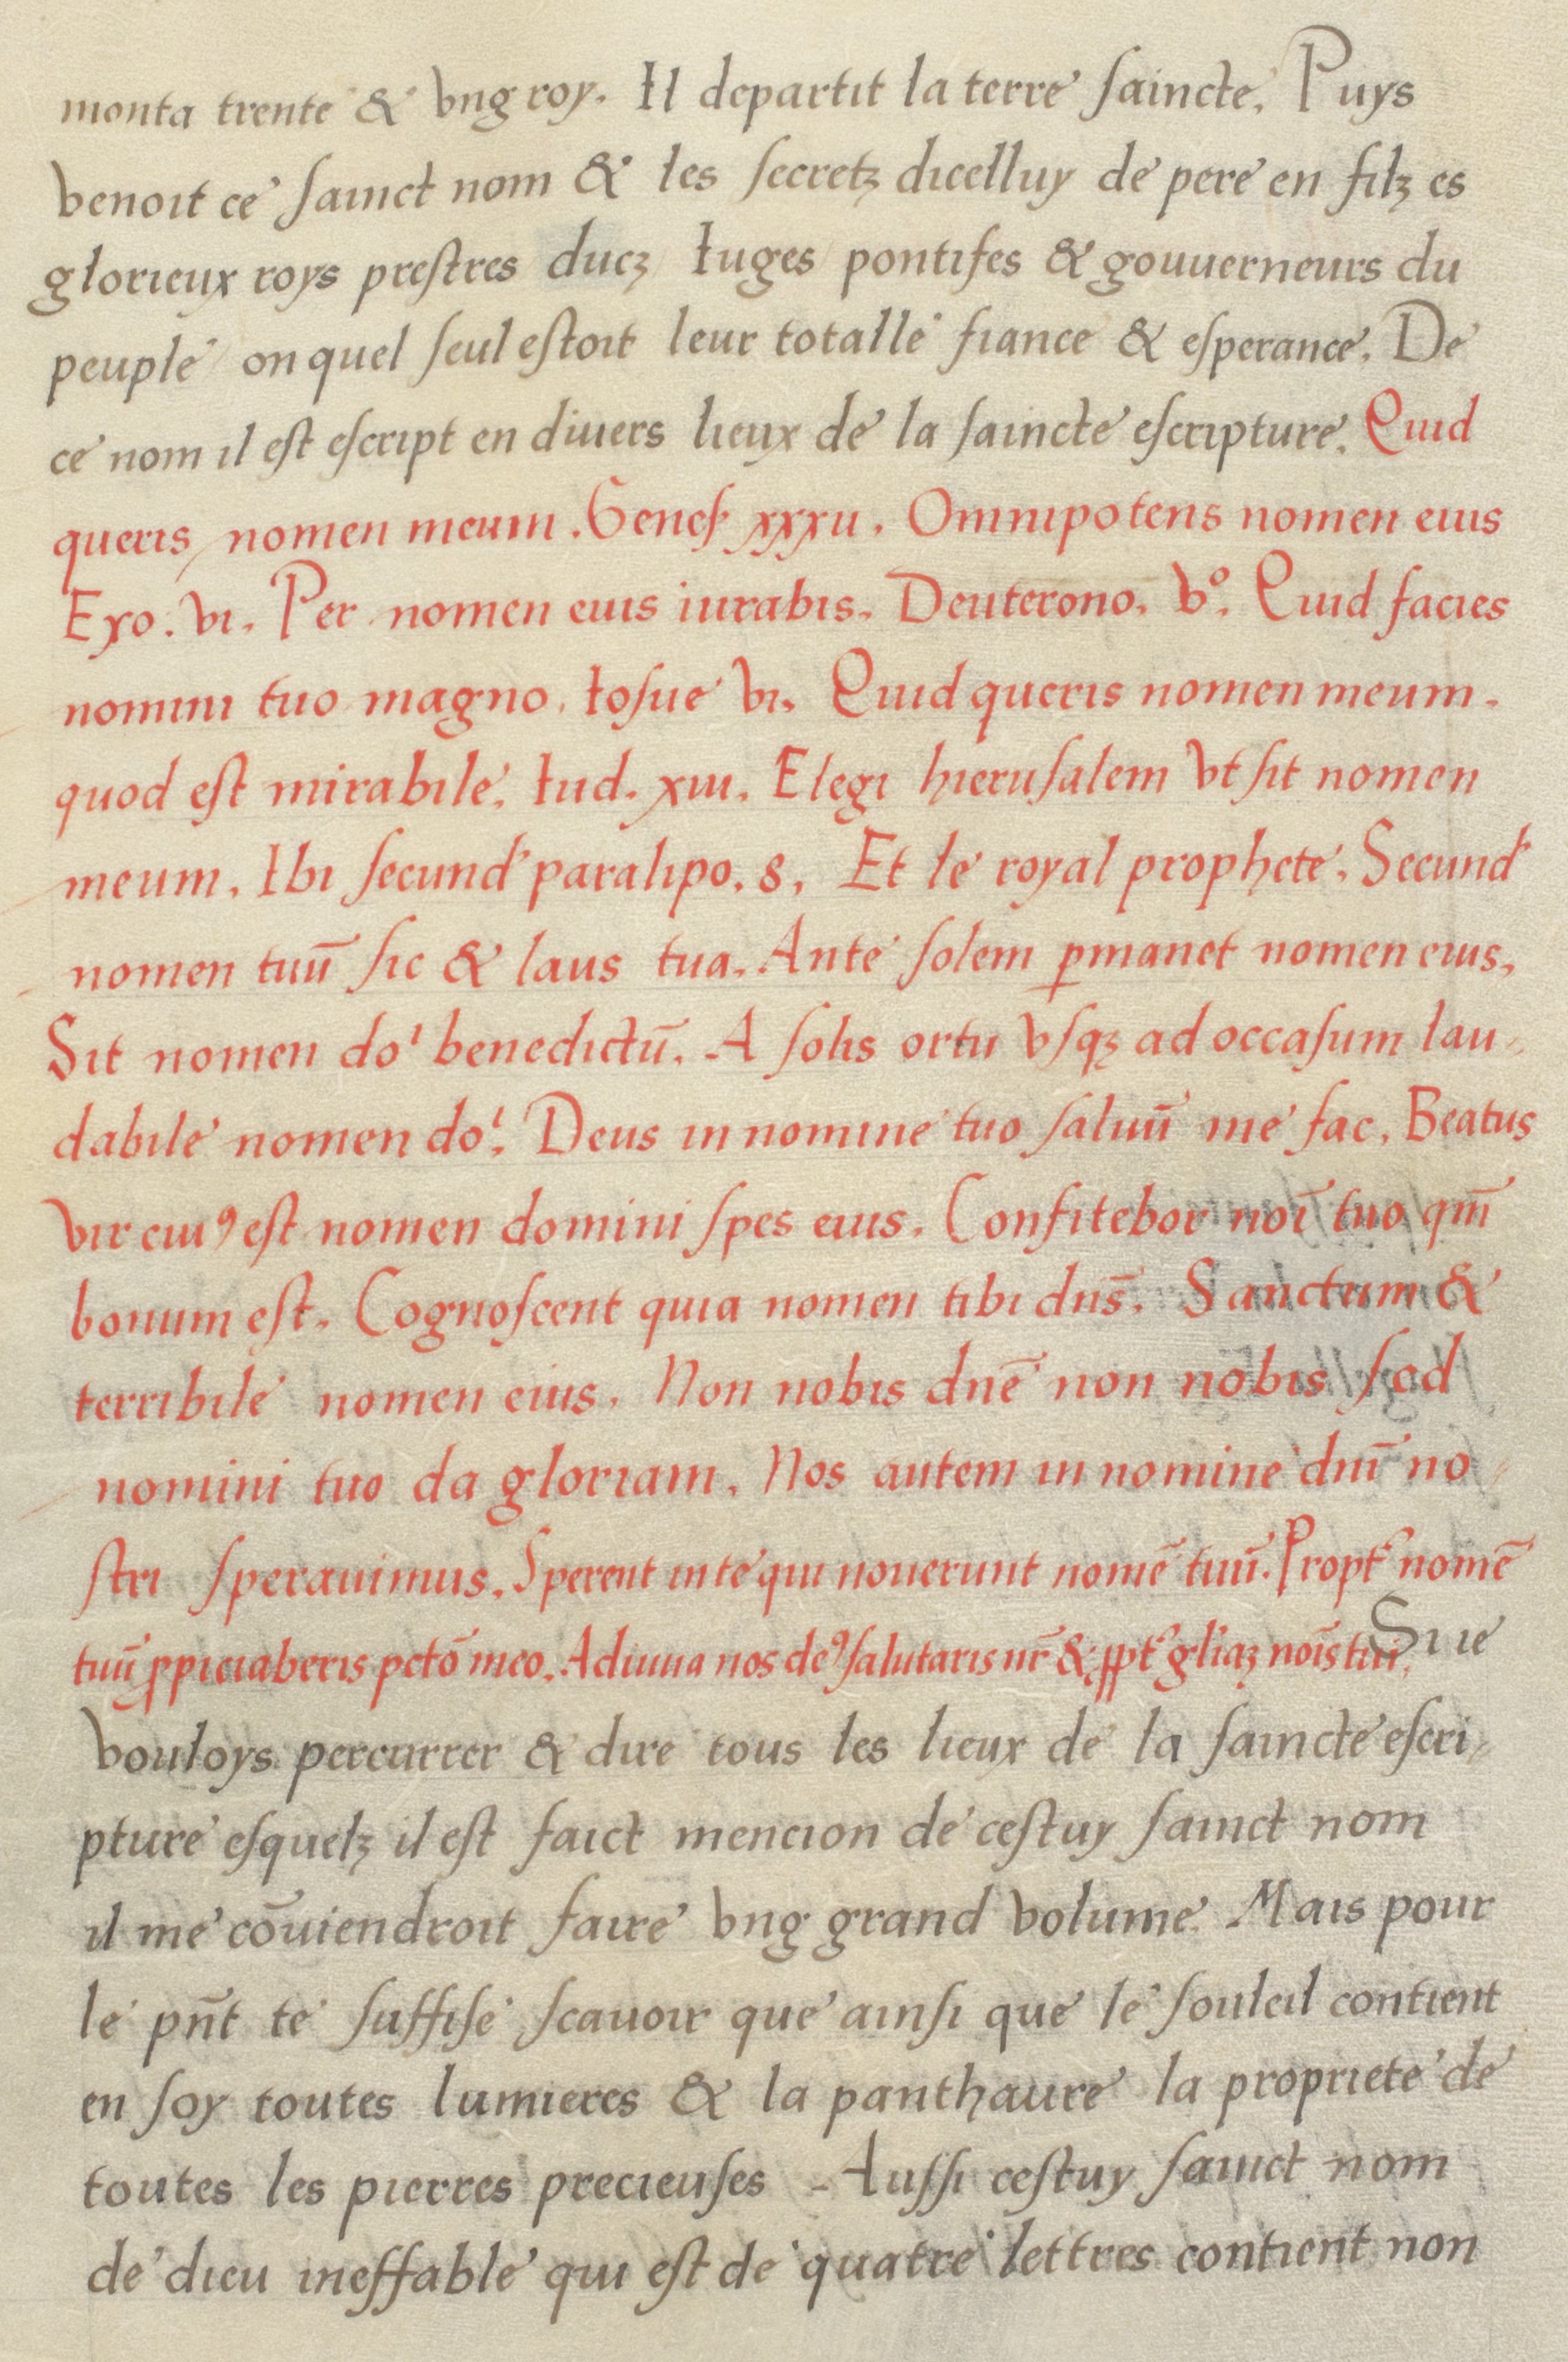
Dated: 1536–1536